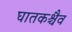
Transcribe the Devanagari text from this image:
घातकश्चैव